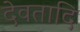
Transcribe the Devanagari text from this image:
देवतादि